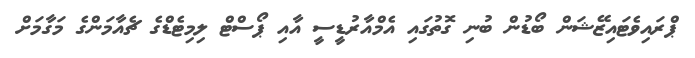
ޕްރައިވެޓައިޒޭޝަން ބޯޑުން ބުނި ގޮތުގައި އެމްއާރުޑީސީ އާއި ޕޯސްޓް ލިމިޓެޑްގެ ޗެއާމަންގެ މަގާމަށް